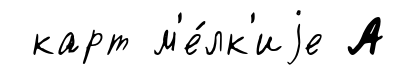
карт м'е́лк'иjе А